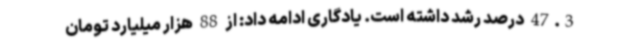
47.3 درصد رشد داشته است‌. یادگاری ادامه داد: از 88 هزار میلیارد تومان